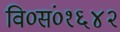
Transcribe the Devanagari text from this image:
वि०सं०१६४२